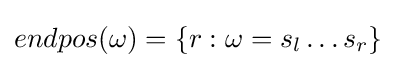
endpos(\omega )=\{r:\omega =s_{l}\dots s_{r}\}